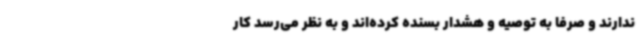
ندارند و صرفاً به توصیه و هشدار بسنده کرده‌اند و به نظر می‌رسد کار